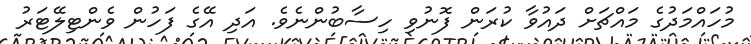
މުހައްމަދުގެ މައްޗަށް ދައުވާ ކުރަން ފޮނުވި ހިސާބުންނެވެ. އަދި އޭގެ ފަހުން ވެންޓިލޭޓަރު